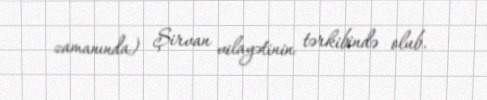
zamanında) Şirvan vilayətinin tərkibində olub.